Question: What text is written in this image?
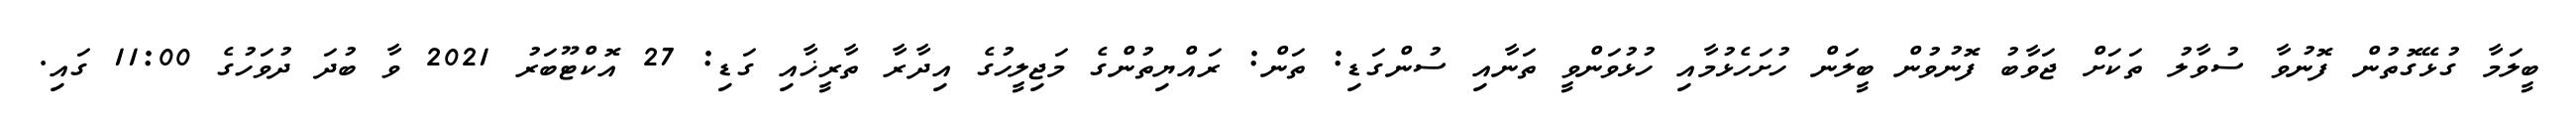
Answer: ބީލަމާ ގުޅޭގޮތުން ފޮނުވާ ސުވާލު ތަކަށް ޖަވާބު ފޮނުވުން ބީލަން ހުށަހެޅުމާއި ހުޅުވަންވީ ތަނާއި ސުންގަޑި: ތަން: ރައްޔިތުންގެ މަޖިލީހުގެ އިދާރާ ތާރީޚާއި ގަޑި: 27 އޮކްޓޫބަރު 2021 ވާ ބުދަ ދުވަހުގެ 11:00 ގައި.